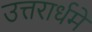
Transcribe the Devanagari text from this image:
उत्तरार्धमे